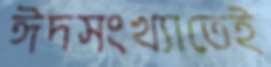
ঈদসংখ্যাতেই